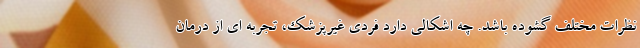
نظرات مختلف گشوده باشد. چه اشکالی دارد فردی غیرپزشک، تجربه ای از درمان